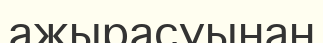
ажырасуынан